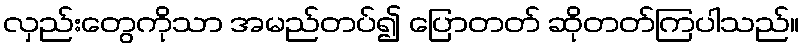
လှည်းတွေကိုသာ အမည်တပ်၍ ပြောတတ် ဆိုတတ်ကြပါသည်။